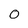
Character: 0